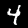
Label: 4